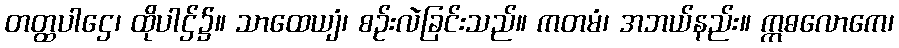
တတ္ထပါဌေ၊ ထိုပါဌ်၌။ သာထေယျံ၊ စဉ်းလဲခြင်းသည်။ ကတမံ၊ အဘယ်နည်း။ ဣဓလောကေ၊